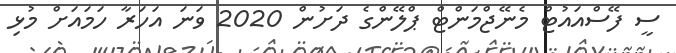
ސީ ފޭސްއައުޓް މެނޭޖްމަންޓް ޕްލޭންގެ ދަށުން 2020 ވަނަ އަހަރާ ހަމައަށް މުޅި